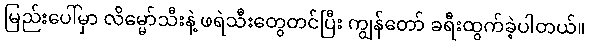
မြည်းပေါ်မှာ လိမ္မော်သီးနဲ့ ဖရဲသီးတွေတင်ပြီး ကျွန်တော် ခရီးထွက်ခဲ့ပါတယ်။